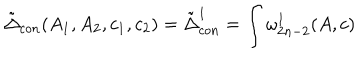
\tilde { \Delta } _ { c o n } ( A _ { 1 } , A _ { 2 } , c _ { 1 } , c _ { 2 } ) = \tilde { \Delta } _ { c o n } ^ { 1 } = \int \omega _ { 2 n - 2 } ^ { 1 } ( A , c )